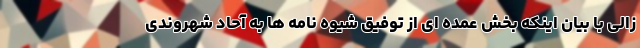
زالی با بیان اینکه بخش عمده ای از توفیق شیوه نامه ها به آحاد شهروندی